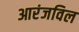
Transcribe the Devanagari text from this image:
आरंजविल